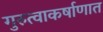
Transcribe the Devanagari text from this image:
गुरुत्वाकर्षाणात